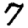
Digit: 7